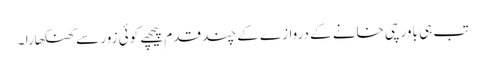
تب ہی باورچی خانے کے دروازے کے چند قدم پیچھے کوئی زور سے کھنکھارا ۔